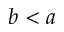
b < a